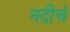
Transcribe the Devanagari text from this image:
नदीचं